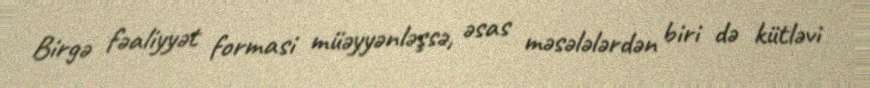
Birgə fəaliyyət formasi müəyyənləşsə, əsas məsələlərdən biri də kütləvi